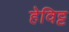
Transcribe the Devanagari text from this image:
हेविट्ट